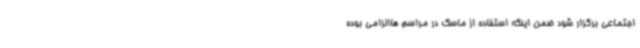
اجتماعی برگزار شود ضمن اینکه استفاده از ماسک در مراسم هاالزامی بوده